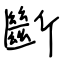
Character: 斷